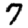
Digit: 7